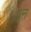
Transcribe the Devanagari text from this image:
एऩ